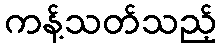
ကန့်သတ်သည့်